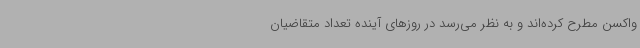
واکسن مطرح کرده‌اند و به نظر می‌رسد در روزهای آینده تعداد متقاضیان